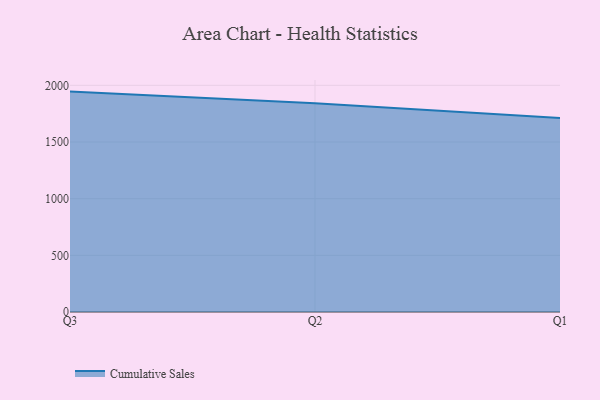
{"axis": {"x": "Quarter", "y": "Revenue (USD Million)"}, "legend": ["Cumulative Sales"], "data": [{"x": "Q3", "y": 1944.6, "type": "Cumulative Sales"}, {"x": "Q2", "y": 1842.4, "type": "Cumulative Sales"}, {"x": "Q1", "y": 1712.4, "type": "Cumulative Sales"}]}